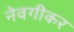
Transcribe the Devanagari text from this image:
नेवगीकर